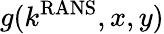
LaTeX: g(k^{\mathrm{RANS}},x,y)